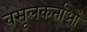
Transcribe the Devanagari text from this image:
वसूलकर्ताओं